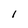
Character: 1